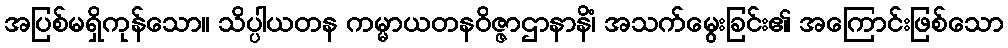
အပြစ်မရှိကုန်သော။ သိပ္ပါယတန ကမ္မာယတနဝိဇ္ဇာဌာနာနိံ၊ အသက်မွေးခြင်း၏ အကြောင်းဖြစ်သော